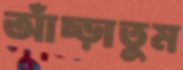
আঁচ্‌ড়াতুম